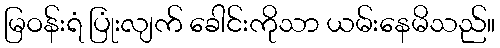
မြဝန်းရံ ပြုံးလျက် ခေါင်းကိုသာ ယမ်းနေမိသည်။